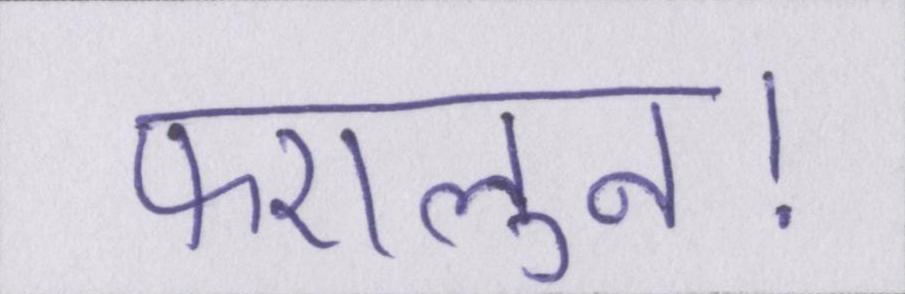
फएलुन।